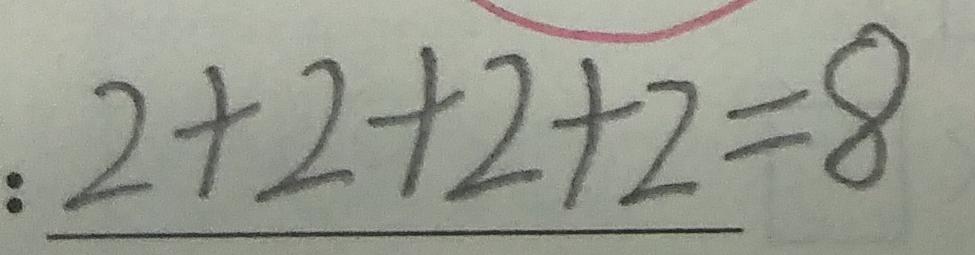
: 2 + 2 + 2 + 2 = 8